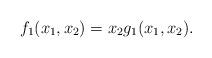
LaTeX: \begin{align*}f_1(x_1,x_2)=x_2g_1(x_1,x_2).\end{align*}